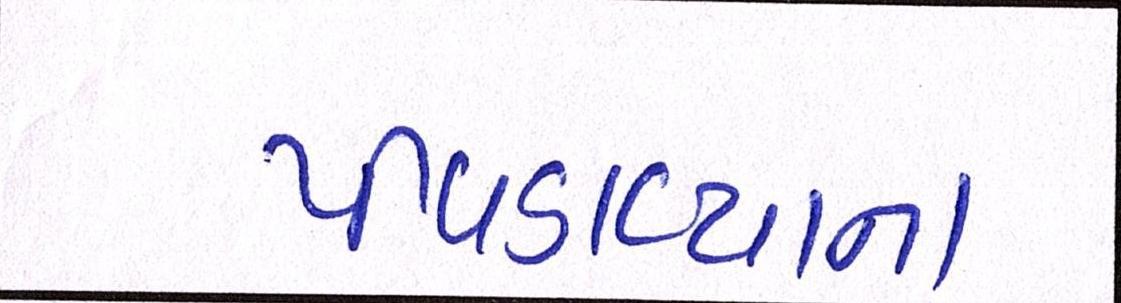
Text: પીવડાવ્યાના